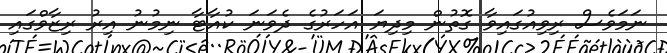
ނަމަވެސް ރިވިއުގައިވާ ގޮތުން މިދިޔަ އަހަރުގެ ދެވަނަ ކުއާޓާ ނިމުނު އިރު ރިޒާވްގައި